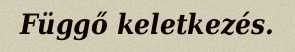
Függő keletkezés.